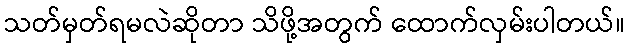
သတ်မှတ်ရမလဲဆိုတာ သိဖို့အတွက် ထောက်လှမ်းပါတယ်။